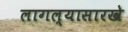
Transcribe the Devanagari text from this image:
लागल्यासारखे